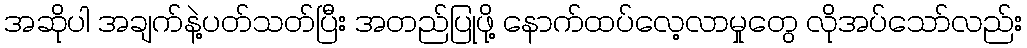
အဆိုပါ အချက်နဲ့ပတ်သတ်ပြီး အတည်ပြုဖို့ နောက်ထပ်လေ့လာမှုတွေ လိုအပ်သော်လည်း